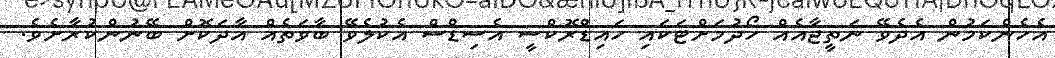
އެހެންކަމުން އެދެވޭ ނަތީޖާއެއް ހޯދުމަށްޓަކައި ހައިޑްރޮކްސީ އެސިޑްސް އެކުލެވޭ ބާވަތެއް އާދަކޮށް ބޭނުންކުރާށެވެ.